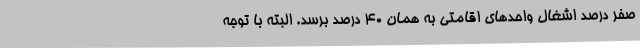
صفر درصد اشغال‌ واحدهای اقامتی به همان 40 درصد برسد. البته با توجه